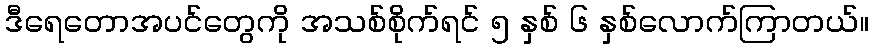
ဒီရေတောအပင်တွေကို အသစ်စိုက်ရင် ၅ နှစ် ၆ နှစ်လောက်ကြာတယ်။